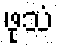
ဖုသံ